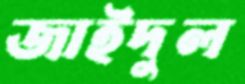
জাইদুল